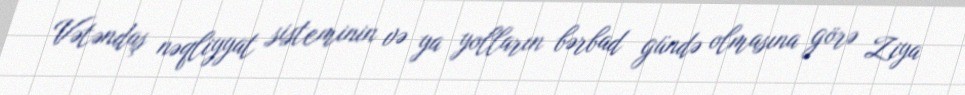
Vətəndaş nəqliyyat sisteminin və ya yolların bərbad gündə olmasına görə Ziya